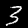
Digit: 3